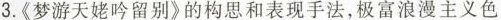
3.《梦游天姥吟留别》的构思和表现手法，极富浪漫主义色